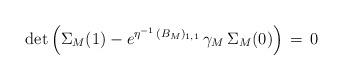
LaTeX: \begin{align*}\det\left(\Sigma_{M}(1)-e^{\eta^{-1}\,(B_M)_{1,1}}\,\gamma_M\,\Sigma_{M}(0)\right)\,=\,0\end{align*}